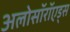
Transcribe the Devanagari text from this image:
अलोसॉरॉएड्स